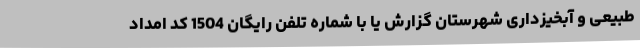
طبیعی و آبخیزداری شهرستان گزارش یا با شماره تلفن رایگان 1504 کد امداد